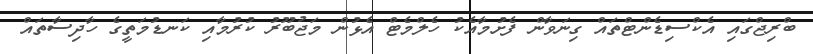
ބްރިޖްގައި އެކްސިޑެންޓްތައް ގިނަވާން ފެށުމާއެކު ހެލްމެޓް އެޅުން މަޖުބޫރު ކުރުމާއި ކަނޑުމަތީގެ ހާދިސާތައް